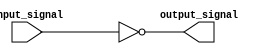
module Schmitt_trigger_inverter(
    input wire input_signal,
    output wire output_signal
);

assign output_signal = ~input_signal;

endmodule